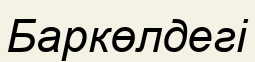
Баркөлдегі